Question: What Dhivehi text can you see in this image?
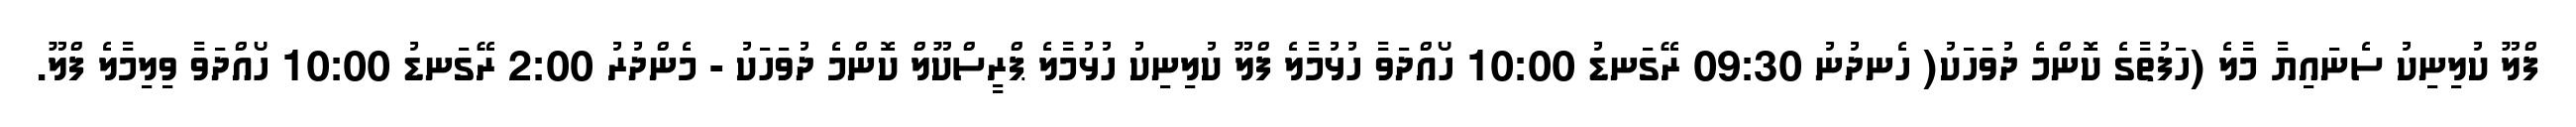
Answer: ފްލޫ ކުލިނިކު ސެނައިޔާ މާލެ (ހަފުތާގެ ކޮންމެ ދުވަހަކު( ހެނދުނު 09:30 ރޭގަނޑު 10:00 ހޯއްދަވާ ހުޅުމާލެ ފްލޫ ކުލިނިކު ހުޅުމާލެ ޕްރީސްކޫލް ކޮންމެ ދުވަހަކު - މެންދުރު 2:00 ރޭގަނޑު 10:00 ހޯއްދަވާ ވިލިމާލެ ފްލޫ.